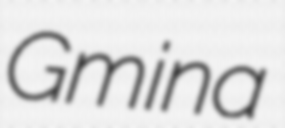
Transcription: Gmina